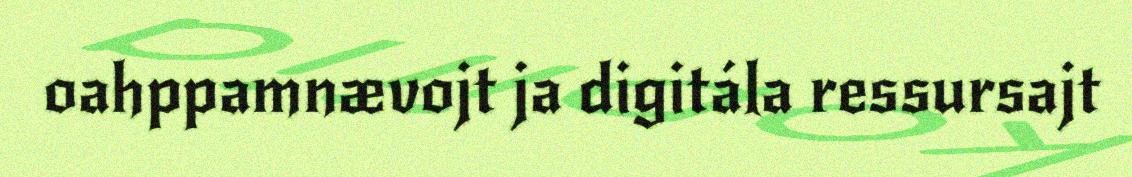
oahppamnævojt ja digitála ressursajt